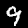
Label: 9